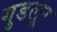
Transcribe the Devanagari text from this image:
गुडलूर